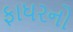
ફાધરનો